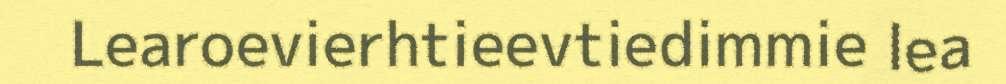
Learoevierhtieevtiedimmie lea